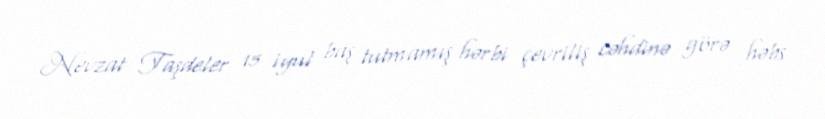
Nevzat Taşdeler 15 iyul baş tutmamış hərbi çevriliş cəhdinə görə həbs